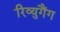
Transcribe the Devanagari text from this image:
रिव्युगैंग